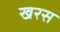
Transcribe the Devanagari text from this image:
खरस